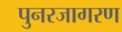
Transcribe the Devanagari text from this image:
पुनरजागरण